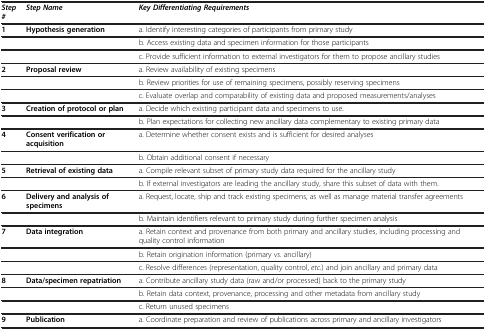
<table><thead><tr><td><b><i>Step #</i></b></td><td><b><i>Step Name</i></b></td><td><b><i>Key Differentiating Requirements</i></b></td></tr></thead><tbody><tr><td><b>1</b></td><td><b>Hypothesis generation</b></td><td>a. Identify interesting categories of participants from primary study</td></tr><tr><td> </td><td> </td><td>b. Access existing data and specimen information for those participants</td></tr><tr><td> </td><td> </td><td>c. Provide sufficient information to external investigators for them to propose ancillary studies</td></tr><tr><td><b>2</b></td><td><b>Proposal review</b></td><td>a. Review availability of existing specimens</td></tr><tr><td> </td><td> </td><td>b. Review priorities for use of remaining specimens, possibly reserving specimens</td></tr><tr><td> </td><td> </td><td>c. Evaluate overlap and comparability of existing data and proposed measurements/analyses</td></tr><tr><td><b>3</b></td><td><b>Creation of protocol or plan</b></td><td>a. Decide which existing participant data and specimens to use.</td></tr><tr><td> </td><td> </td><td>b. Plan expectations for collecting new ancillary data complementary to existing primary data</td></tr><tr><td><b>4</b></td><td><b>Consent verification or acquisition</b></td><td>a. Determine whether consent exists and is sufficient for desired analyses</td></tr><tr><td> </td><td> </td><td>b. Obtain additional consent if necessary</td></tr><tr><td><b>5</b></td><td><b>Retrieval of existing data</b></td><td>a. Compile relevant subset of primary study data required for the ancillary study</td></tr><tr><td> </td><td> </td><td>b. If external investigators are leading the ancillary study, share this subset of data with them.</td></tr><tr><td><b>6</b></td><td><b>Delivery and analysis of specimens</b></td><td>a. Request, locate, ship and track existing specimens, as well as manage material transfer agreements</td></tr><tr><td> </td><td> </td><td>b. Maintain identifiers relevant to primary study during further specimen analysis</td></tr><tr><td><b>7</b></td><td><b>Data integration</b></td><td>a. Retain context and provenance from both primary and ancillary studies, including processing and quality control information</td></tr><tr><td> </td><td> </td><td>b. Retain origination information (primary <i>vs.</i> ancillary)</td></tr><tr><td> </td><td> </td><td>c. Resolve differences (representation, quality control, <i>etc.</i>) and join ancillary and primary data</td></tr><tr><td><b>8</b></td><td><b>Data/specimen repatriation</b></td><td>a. Contribute ancillary study data (raw and/or processed) back to the primary study</td></tr><tr><td> </td><td> </td><td>b. Retain data context, provenance, processing and other metadata from ancillary study</td></tr><tr><td> </td><td> </td><td>c. Return unused specimens</td></tr><tr><td><b>9</b></td><td><b>Publication</b></td><td>a. Coordinate preparation and review of publications across primary and ancillary investigators</td></tr></tbody></table>